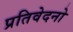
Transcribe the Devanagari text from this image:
प्रतिवेदनो